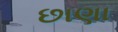
છાણા